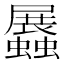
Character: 𧔡